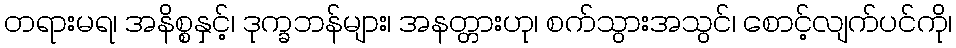
တရားမရ၊ အနိစ္စနှင့်၊ ဒုက္ခဘန်များ၊ အနတ္တားဟု၊ စက်သွားအသွင်၊ စောင့်လျက်ပင်ကို၊